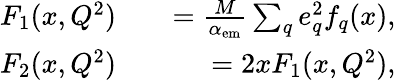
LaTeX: \begin{array}{rlr}{F_{1}(x,Q^{2})}&{{}}&{=\frac{M}{\alpha_{\mathrm{em}}}\sum_{q}e_{q}^{2}f_{q}(x),}\\ {F_{2}(x,Q^{2})}&{{}}&{=2xF_{1}(x,Q^{2}),}\end{array}